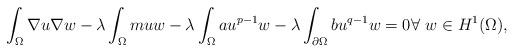
LaTeX: \begin{align*}\int_\Omega \nabla u \nabla w - \lambda \int_\Omega muw - \lambda \int_\Omega au^{p-1}w - \lambda \int_{\partial \Omega}bu^{q-1}w = 0 \forall \ w \in H^1(\Omega),\end{align*}